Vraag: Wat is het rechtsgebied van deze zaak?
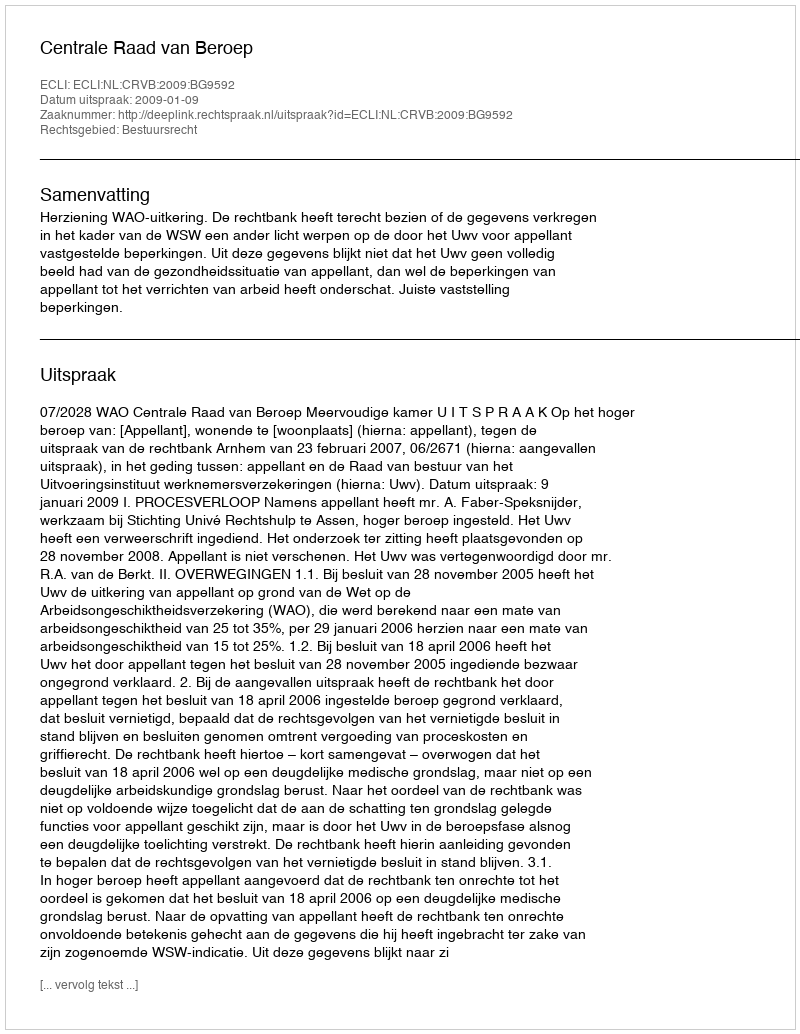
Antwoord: Bestuursrecht